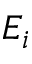
E _ { i }